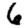
Digit: 6